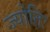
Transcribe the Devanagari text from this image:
ज्योतिः